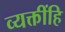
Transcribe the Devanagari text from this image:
व्यक्तींहि